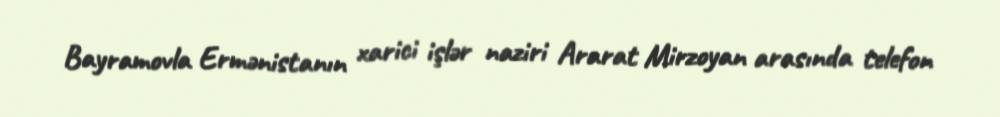
Bayramovla Ermənistanın xarici işlər naziri Ararat Mirzoyan arasında telefon